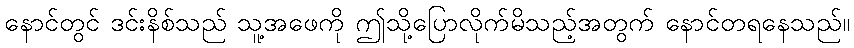
နောင်တွင် ဒင်းနိစ်သည် သူ့အဖေကို ဤသို့ပြောလိုက်မိသည့်အတွက် နောင်တရနေသည်။